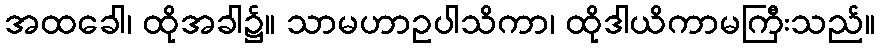
အထခေါ၊ ထိုအခါ၌။ သာမဟာဥပါသိကာ၊ ထိုဒါယိကာမကြီးသည်။